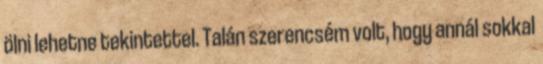
ölni lehetne tekintettel. Talán szerencsém volt, hogy annál sokkal